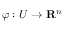
\varphi : U \to { \mathbf { R } } ^ { n }